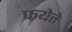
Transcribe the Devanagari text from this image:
फयेत्ते